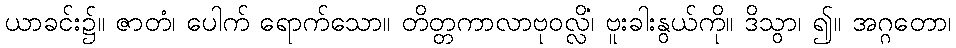
ယာခင်း၌။ ဇာတံ၊ ပေါက် ရောက်သော။ တိတ္တကာလာဗုဝလ္လိံ၊ ဗူးခါးနွယ်ကို။ ဒိသွာ၊ ၍။ အဂ္ဂတော၊